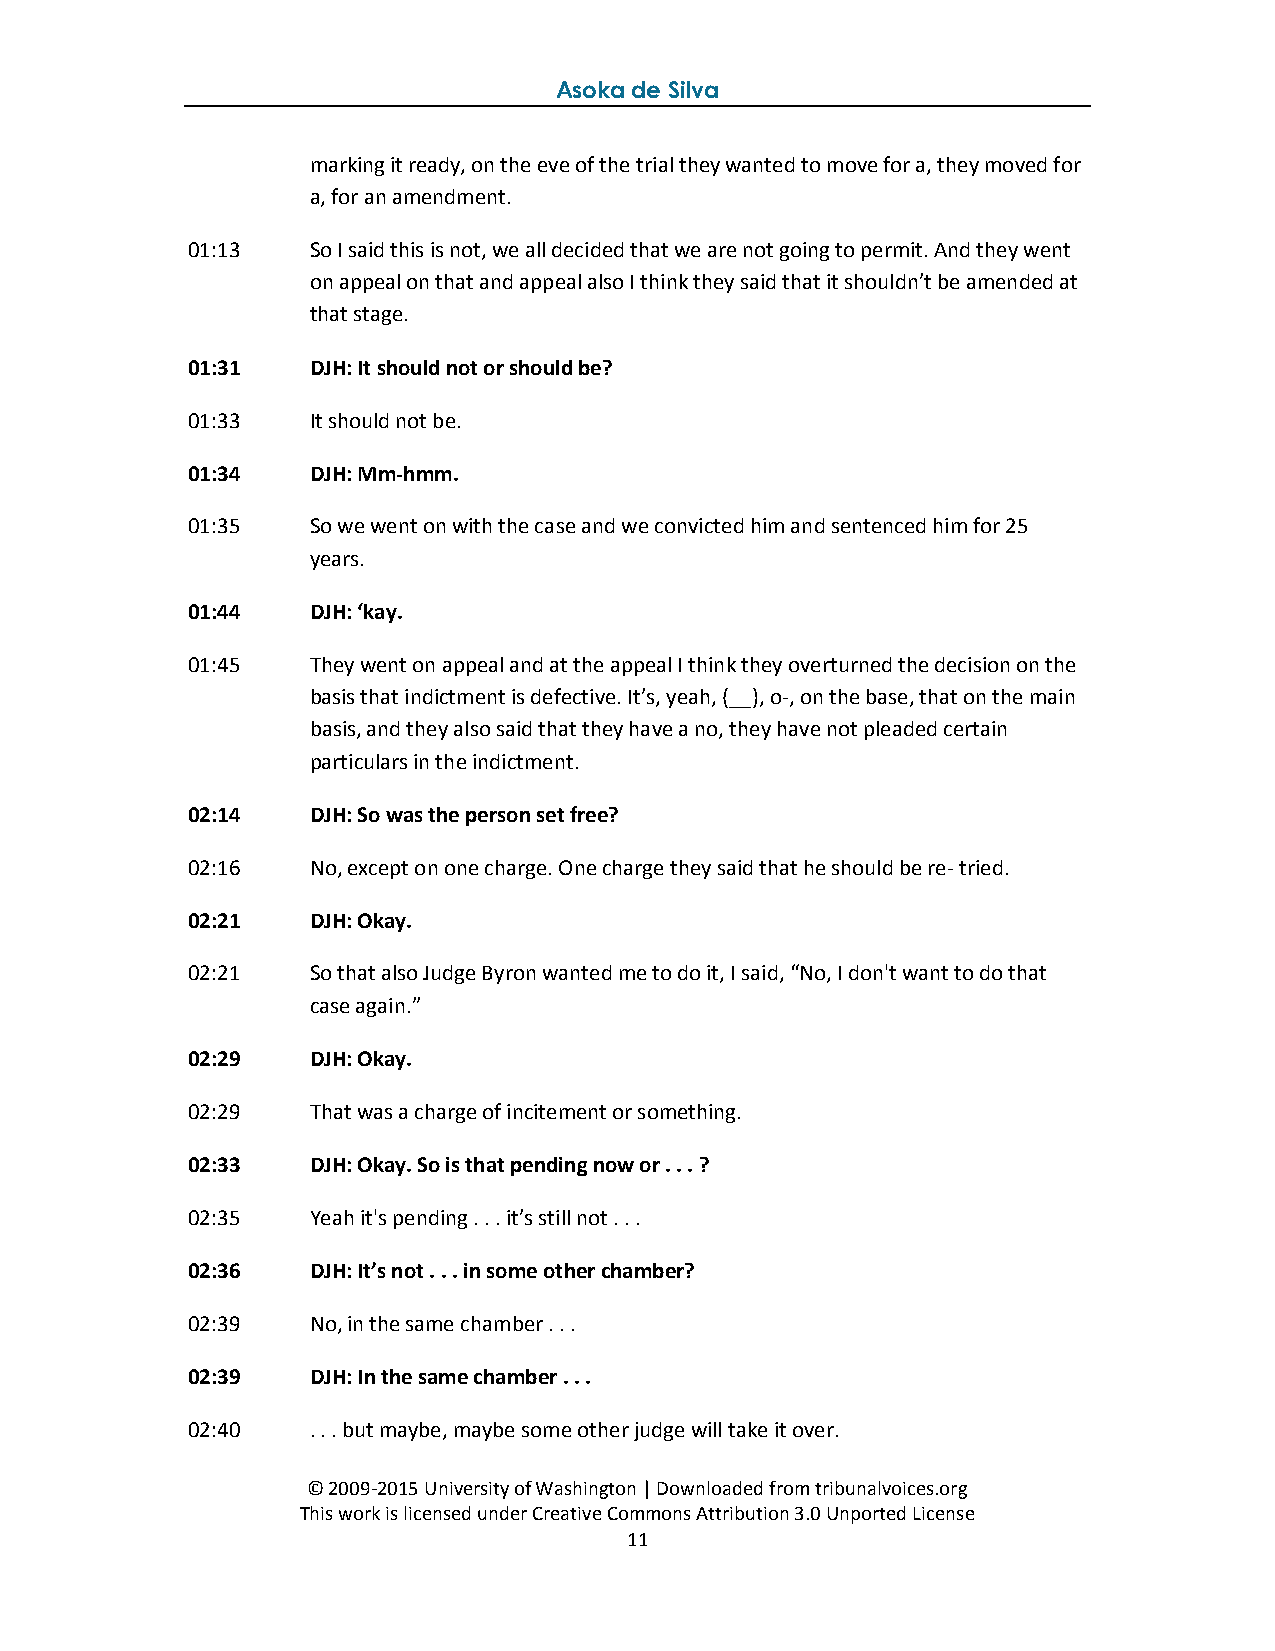
Asoka de Silva
 marking it ready, on the eve of the trial they wanted to move for a, they moved for
 a, for an amendment.
 01:13   So I said this is not, we all decided that we are not going to permit. And they went
 on appeal on that and appeal also I think they said that it shouldn’t be amended at
 that stage.
 01:31   DJH: It should not or should be?
 01:33   It should not be.
 01:34   DJH: Mm-hmm.
 01:35   So we went on with the case and we convicted him and sentenced him for 25
 years.
 01:44   DJH: ‘kay.
 01:45   They went on appeal and at the appeal I think they overturned the decision on the
 basis that indictment is defective. It’s, yeah, (__), o-, on the base, that on the main
 basis, and they also said that they have a no, they have not pleaded certain
 particulars in the indictment.
 02:14   DJH: So was the person set free?
 02:16   No, except on one charge. One charge they said that he should be re- tried.
 02:21   DJH: Okay.
 02:21   So that also Judge Byron wanted me to do it, I said, “No, I don't want to do that
 case again.”
 02:29   DJH: Okay.
 02:29   That was a charge of incitement or something.
 02:33   DJH: Okay. So is that pending now or . . . ?
 02:35   Yeah it's pending . . . it’s still not . . .
 02:36   DJH: It’s not . . . in some other chamber?
 02:39   No, in the same chamber . . .
 02:39   DJH: In the same chamber . . .
 02:40   . . . but maybe, maybe some other judge will take it over.
 © 2009-2015 University of Washington | Downloaded from tribunalvoices.org
 This work is licensed under Creative Commons Attribution 3.0 Unported License
 11